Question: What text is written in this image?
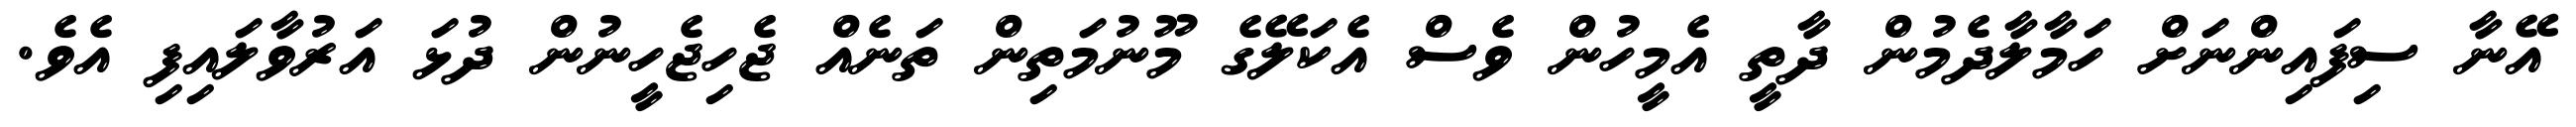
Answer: އޭނާ ސިފައިންނަށް ހަމާލާދެމުން ދާތީ އެމީހުން ވެސް އެކަލޭގެ މޫނުމަތިން ތަނެއް ޖެހިޖެހީނުން ދުޅަ އަރުވާލައިފި އެވެ.